Sketch of the medical history of the native army of Bombay, for the year
Year: 1872
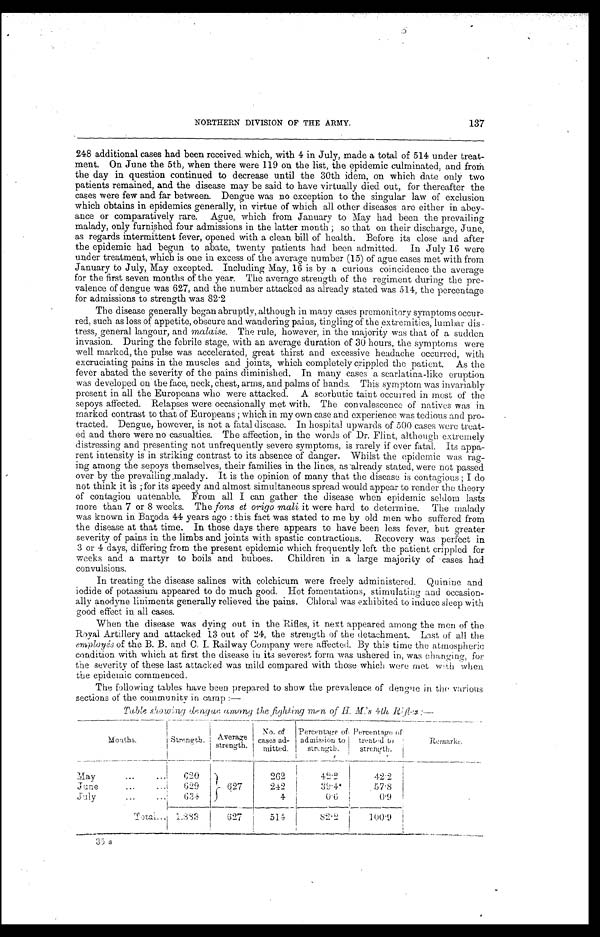
137
NORTHERN DIVISION OF THE ARMY.
248 additional cases had been received which, with 4 in July, made a total of 514 under treat
-
ment. On June the 5th, when there were 119 on the list, the epidemic culminated, and from
the day in question continued to decrease until the 30th idem, on which date only two
patients remained, and the disease may be said to have virtually died out, for thereafter the
cases were few and far between. Dengue was no exception to the singular law of exclusion
which obtains in epidemics generally, in virtue of which all other diseases are either in abey
-
ance or comparatively rare. Ague, which from January to May had been the prevailing
malady, only furnished four admissions in the latter month; so that on their discharge, June,
as regards intermittent fever, opened with a clean bill of health. Before its close and after
the epidemic had begun to abate, twenty patients had been admitted. In July 16 were
under treatment, which is one in excess of the average number (15) of ague cases met with from
January to July, May excepted. Including May, 16 is by a curious coincidence the average
for the first seven months of the year. The average strength of the regiment during the pre
-
valence of dengue was 627, and the number attacked as already stated was 514, the percentage
for admissions to strength was 82.2
The disease generally began abruptly, although in many cases premonitory symptoms occur
-
red, such as loss of appetite, obscure and wandering pains, tingling of the extremities, lumbar dis
-
tress, general langour, and malaise. The rule, however, in the majority was that of a sudden
invasion. During the febrile stage, with an average duration of 30 hours, the symptoms were
well marked, the pulse was accelerated, great thirst and excessive headache occurred, with
excruciating pains in the muscles and joints, which completely crippled the patient. As the
fever abated the severity of the pains diminished. In many cases a scarlatina-like eruption
was developed on the face, neck, chest, arms, and palms of hands. This symptom was invariably
present in all the Europeans who were attacked. A scorbutic taint occurred in most of the
sepoys affected. Relapses were occasionally met with. The convalescence of natives was in
marked contrast to that of Europeans; which in my own case and experience was tedious and pro
-
tracted. Dengue, however, is not a fatal disease. In hospital upwards of 500 cases were treat
-
ed and there were no casualties. The affection, in the words of Dr. Flint, although extremely
distressing and presenting not unfrequently severe symptoms, is rarely if ever fatal. Its appa
-
rent intensity is in striking contrast to its absence of danger. Whilst the epidemic was rag
-
ing among the sepoys themselves, their families in the lines, as already stated, were not passed
over by the prevailing malady. It is the opinion of many that the disease is contagious; I do
not think it is; for its speedy and almost simultaneous spread would appear to render the theory
of contagion untenable. From all I can gather the disease when epidemic seldom lasts
more than 7 or 8 weeks. The fons et origo mali, it were hard to determine. The malady
was known in Baroda 44 years ago: this fact was stated to me by old men who suffered from
the disease at that time. In those days there appears to have been less fever, but greater
severity of pains in the limbs and joints with spastic contractions. Recovery was perfect in
3 or 4 days, differing from the present epidemic which frequently left the patient crippled for
weeks and a martyr to boils and buboes. Children in a large majority of cases had
convulsions.
In treating the disease salines with colchicum were freely administered. Quinine and
iodide of potassium appeared to do much good. Hot fomentations, stimulating and occasion
-
ally anodyne liniments generally relieved the pains. Chloral was exhibited to induce sleep with
good effect in all cases.
When the disease was dying out in the Rifles, it next appeared among the men of the
Royal Artillery and attacked 13 out of 24, the strength of the detachment. Last of all the
employés of the B. B. and C. I. Railway Company were affected. By this time the atmospheric
condition with which at first the disease in its severest form was ushered in, was changing, for
the severity of these last attacked was mild compared with those which were met when
the epidemic commenced.
The following tables have been prepared to show the prevalence of dengue in the various
sections of the community in camp:—
Table showing dengue among the fighting men of H. M.'s 4th Rifles:—
Months.
Strength.
Average
strength.
No. of
cases ad-
mitted.
Percentage of
admission to
strength.
Pe r c e nt a ge of
treated to
strength.
Remarks.
May . . .
620
627
262
42.2
4 2 . 2
J u n e . . .
6 2 9
242
39.4
57.8
July . . .
634
4
0.6
0.9
T o t a l . . .
1,383
627
514
82.2
1 0 0 . 9
35 s